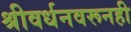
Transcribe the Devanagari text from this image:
श्रीवर्धनवरूनही